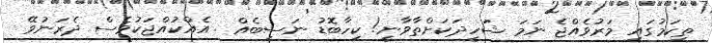
ތިކަމުގައި މަރުވެއްޖެ ނަމަ ޝަހީދަކަށްތާވާނީ! ކިހާބޮޑު ނަސީބެއް . އެއްކުއްޖަކުވެސް ދެރަނުވޭ